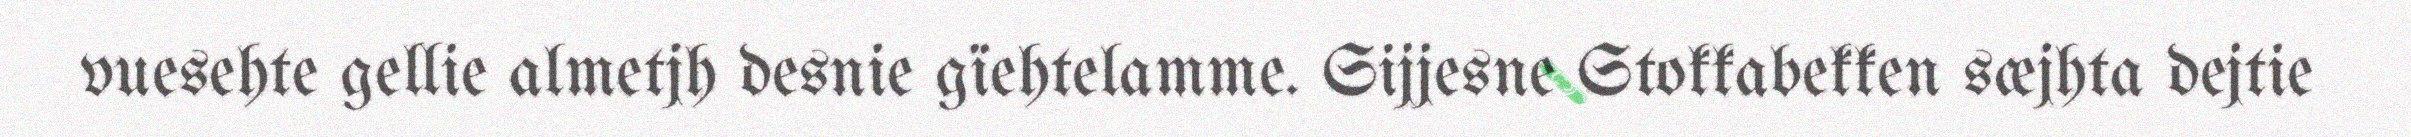
vuesehte gellie almetjh desnie gïehtelamme. Sijjesne Stokkabekken sæjhta dejtie